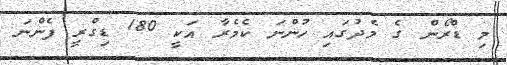
މި ޑްރޯން ގެ މެދުގައި ހުންނަ ކެމެރާ އަކީ 180 ޑިގްރީ ފެންނަ